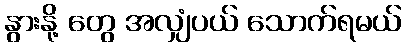
နွားနို့ တွေ အလျှံပယ် သောက်ရမယ်